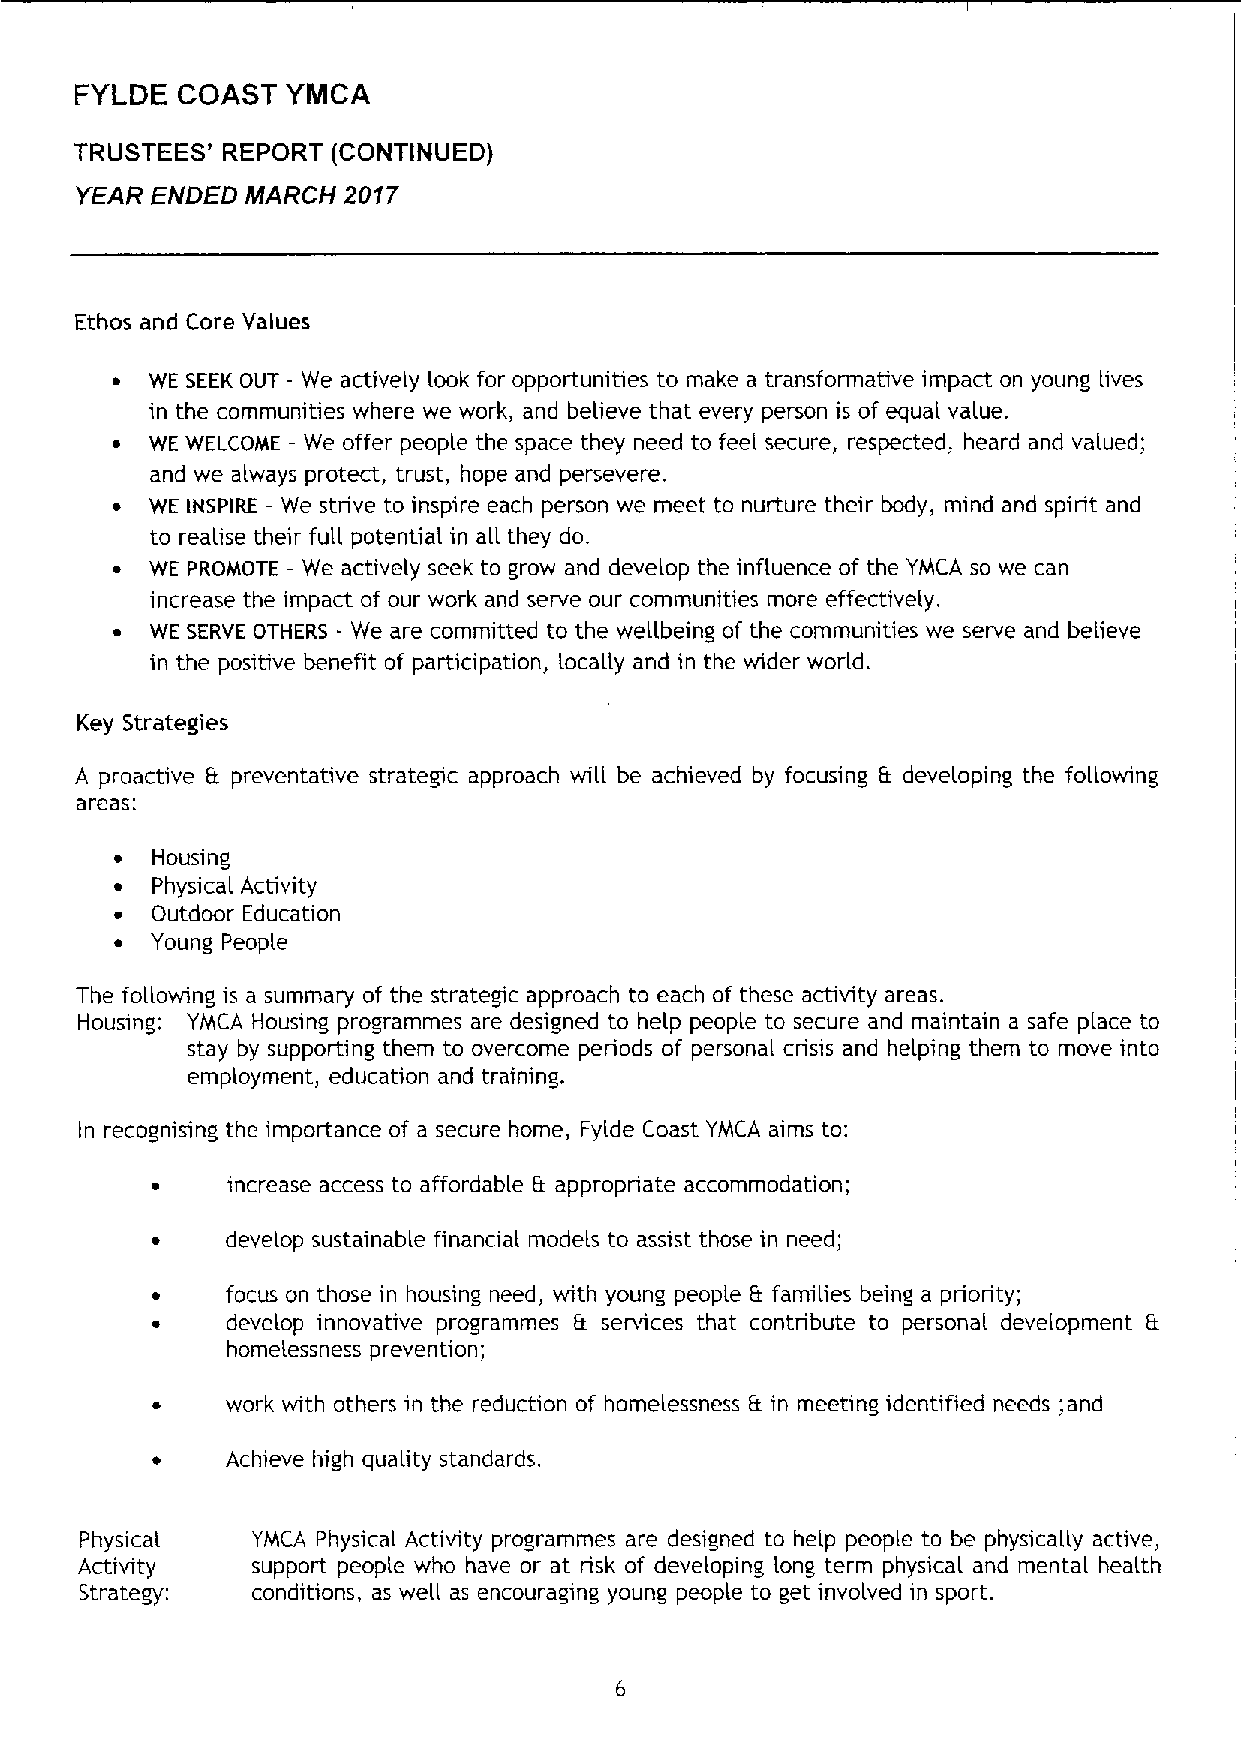
FYLDE  COAST  YMCA
 TRUSTEES' REPORT (CONTINUED)
 yEAR ENDED MARCH  2017
 Ethos and Core Values
 ~  WE SEEKOUT - We actively look for opportunities to make a transformative impact on young lives
 in the communities where we work, and believe that every person is of equal value.
 ~  WE WELCOME —We offer people the space they need to feel secure, respected, heard and valued;
 and we always protect, trust, hope and persevere.
 ~  WE iHSPIRE —We strive to inspire each person we meet to nurture their body, mind and spirit and
 to realise their full potential in all they do,
 ~  WE PROMOTE —We actively seek to grow and develop the influence of the YMCA so we can
 increase the impact of our work and serve our communities more effectively.
 ~  WE SERVE OTHERS - We are committed to the wellbeing of the communities we serve and believe
 in the positive benefit of participation, locally and in the wider world.
 Key Strategies
 A proactive & preventative strategic approach will be achieved by focusing Et developing the following
 areas:
 ~ Housing
 ~ Physical Activity
 ~ Outdoor Education
 ~ Young People
 The following is a summary of the strategic approach to each of these activity areas.
 Housing: YMCA Housing programmes are designed to help people to secure and maintain a safe place to
 stay by supporting them to overcome periods of personal crisis and helping them to move into
 employment, education and training.
 In recognising the importance of a secure home, Fylde Coast YMCA aims to:
 increase access to affordable I't appropriate accommodation;
 develop sustainable financial models to assist those in need;
 focus on those in housing need, with young people It families being a priority;
 develop innovative programmes It services that contribute to personal development B
 homelessness prevention;
 work with others in the reduction of homelessness It in meeting identified needs;and
 Achieve high quahty standards.
 Physical    YMCA Physical Activity programmes are designed to help people to be physically active,
 Activity    support people who have or at risk of developing long term physical and mental health
 Strategy:   conditions, as well as encouraging young people to get involved in sport.